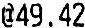
@49.42